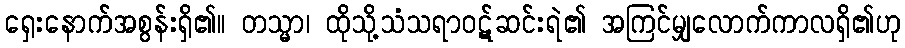
ရှေးနောက်အစွန်းရှိ၏။ တသ္မာ၊ ထိုသို့သံသရာဝဋ်ဆင်းရဲ၏ အကြင်မျှလောက်ကာလရှိ၏ဟု